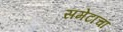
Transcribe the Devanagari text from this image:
समेटाचा